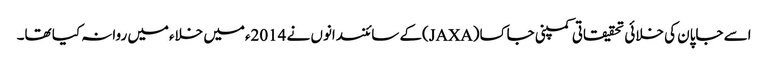
اسے جاپان کی خلائی تحقیقاتی کمپنی جاکسا(JAXA)کے سائنسدانوں نے 2014ءمیں خلاءمیں روانہ کیا تھا۔